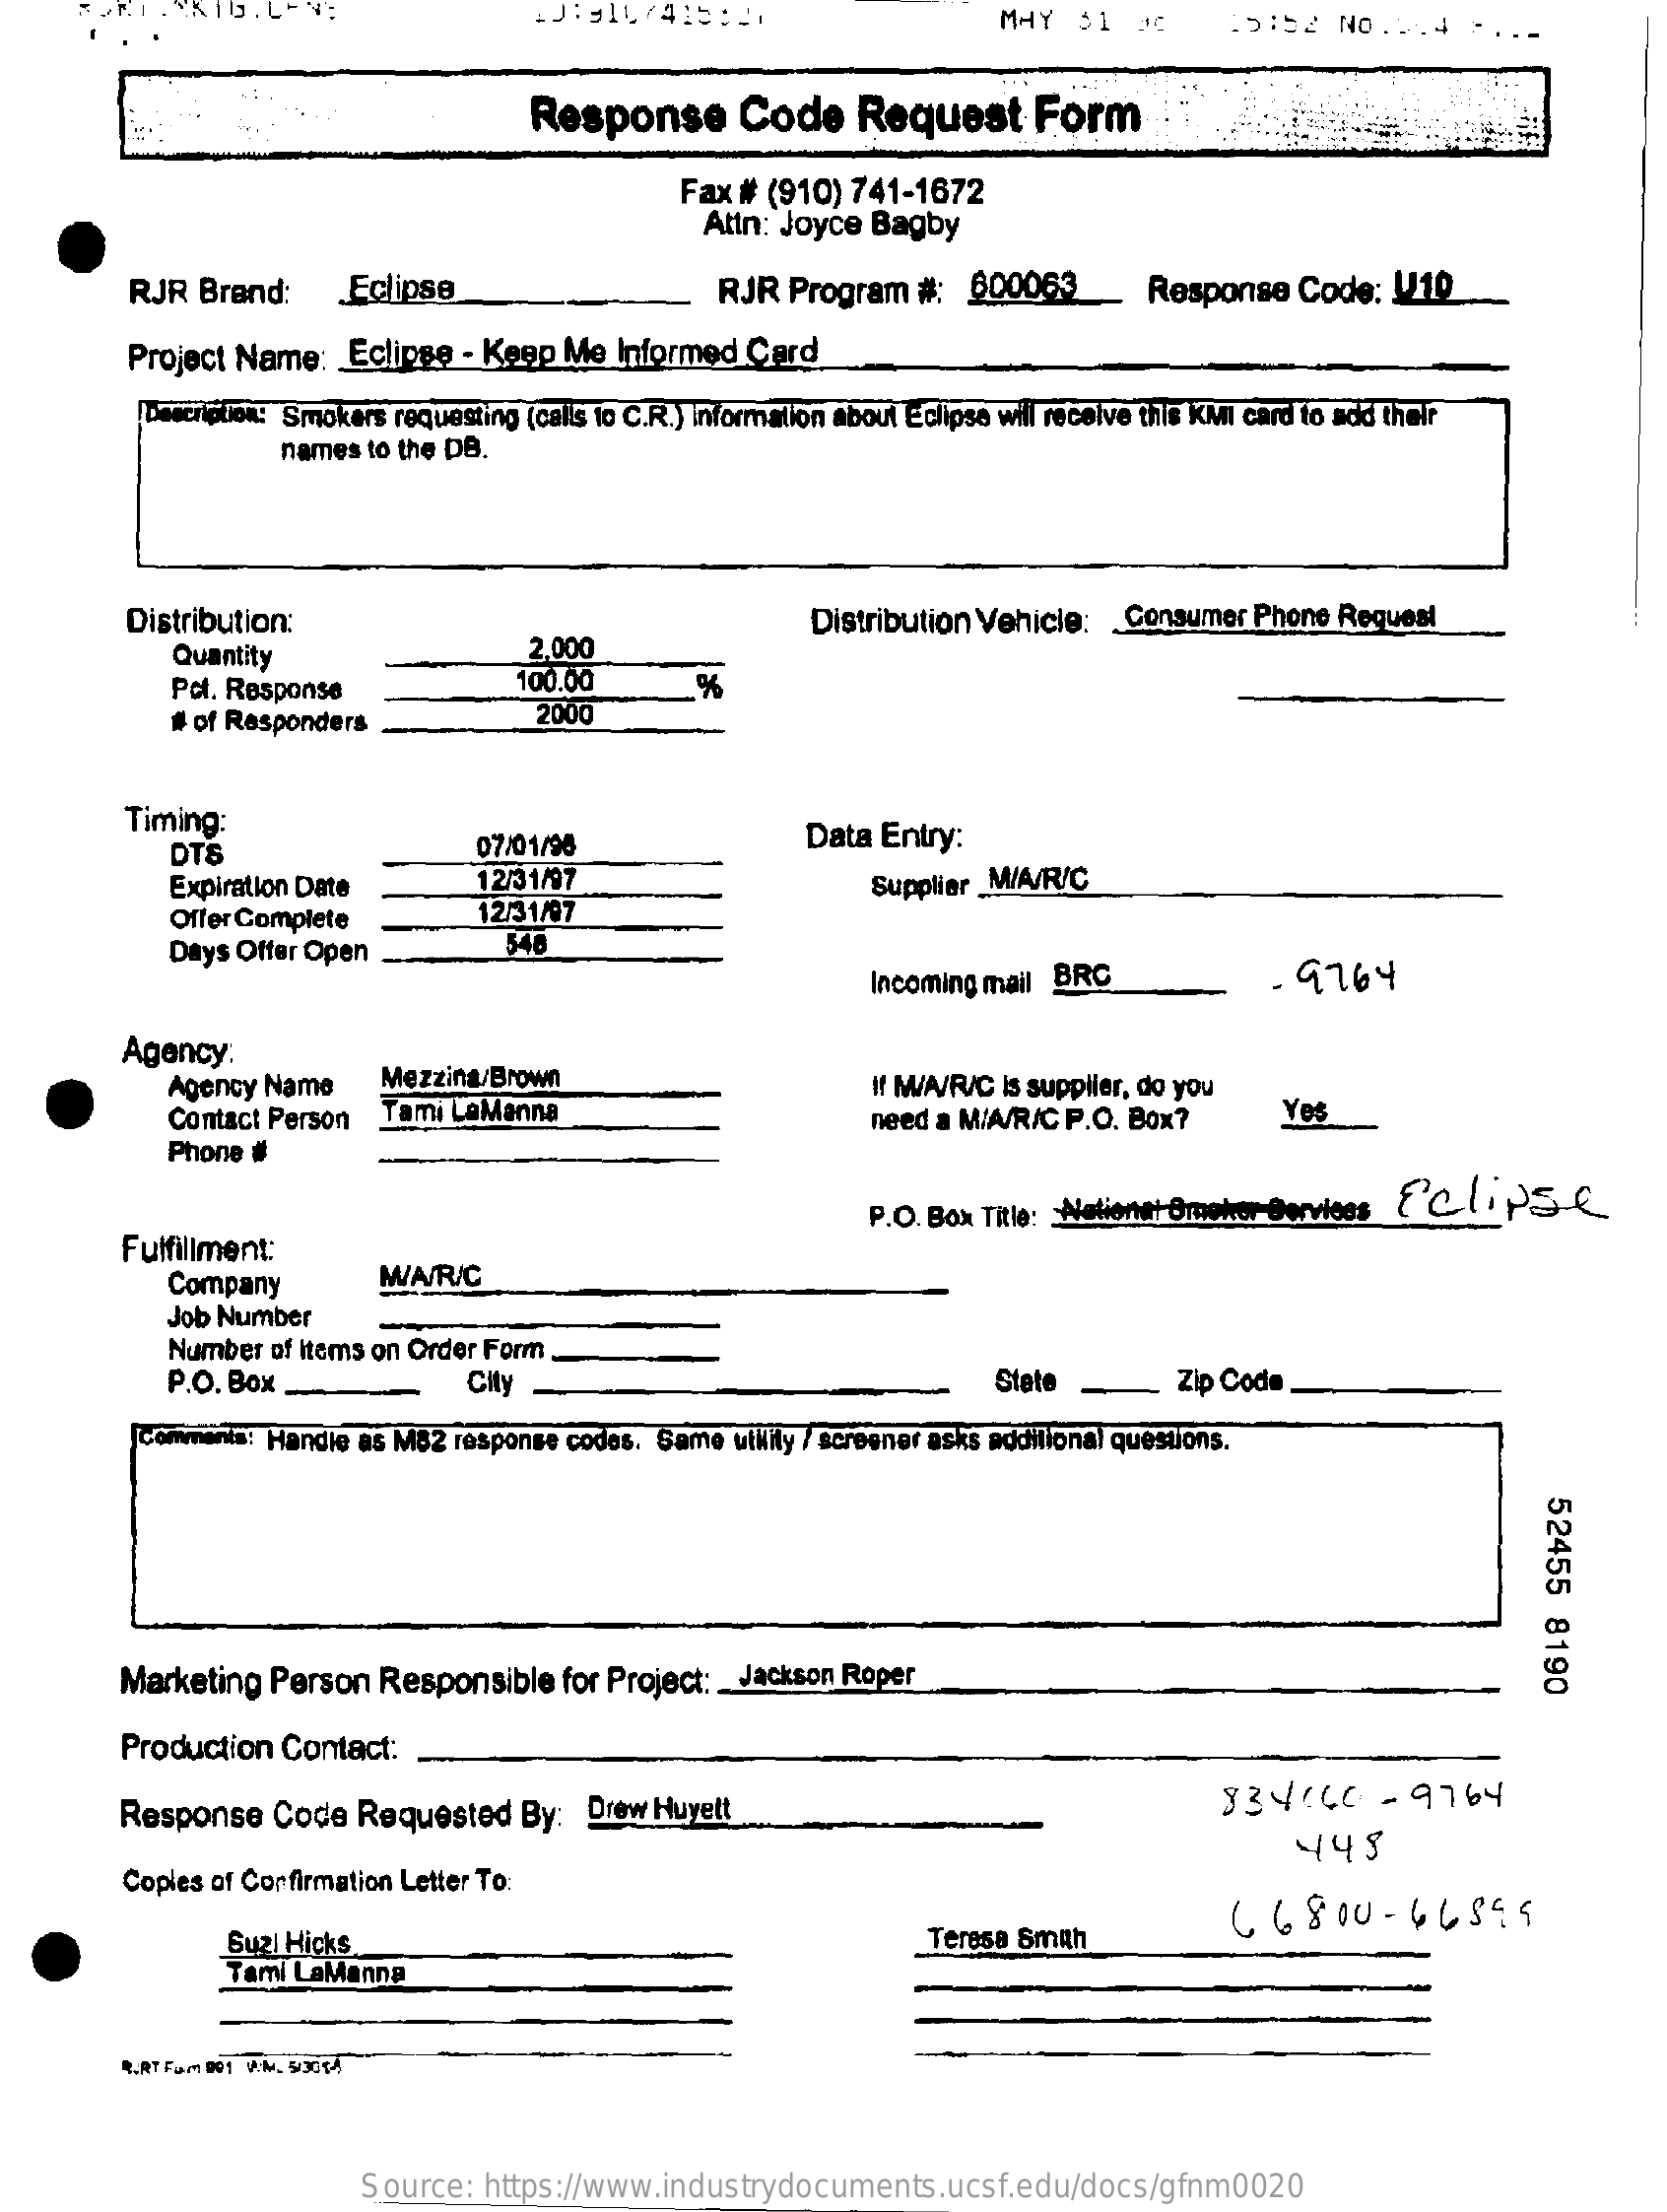
.J. 911/415   :: 1    MAY  31    15:52   NO . 2. 4
     Response    Code    Request    Form
     Fax # (910) 741-1672
     Attn: Joyce Bagby
     RJR  Brand:    Eclipse    RJR  Program  #:  600063_    Response    Code:  V10
     Project Name:   Eclipse  - Keep Me  Informed  Card
     Description: Smokers requesting (calls to C.R.) information about Eclipse will receive this KMI card to add their
     names to the DB.
     Distribution:
     Quantity    2,000
     Distribution Vehicle:  Consumer  Phone Request
     Pct. Response    100.00    %
     # of Responders    2000
     Timing:
     DTS    07/01/96    Data  Entry:
     Expiration Date    12/31/97
     Offer Complete    12/31/07
     Supplier _M/A/R/C
     Days Offer Open    540
     Incoming mail BRC    - 9764
     Agency:
     Agency Name    Mezzina/Brown
     Tami LaManna
     If M/A/R/C is supplier, do you
     Contact Person    need a M/A/R/C P.O. Box?    Yes
     Phone #
     P.O. Box Title: Nationet Broker Services Eclipse
     Fulfillment:
     Company    WAR/C
     Job Number
     Number of items on Order Form_
     P.O. Box    City    Stete    Zip Code
     Commenta: Handle as M82 response codes. Same utility / screener asks additional questions.
     52455
     8190
     Marketing  Person  Responsible   for Project: _ Jackson Roper
     Production  Contact:
     Response   Code   Requested   By:  Drew Huyett    334166    - 9764
     Copies of Confirmation Letter To:
     445
     6 6800    - 66899
     Suzi Hicks    Teresa Smith
     Tami LaManna
     RERT Fam 891 W.M. 90074
     Source:  https://www.industrydocuments.ucsf.edu/docs/gfnm0020